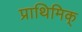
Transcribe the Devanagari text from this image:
प्राथिमिक्